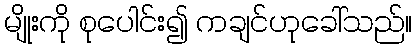
မျိုးကို စုပေါင်း၍ ကချင်ဟုခေါ်သည်။